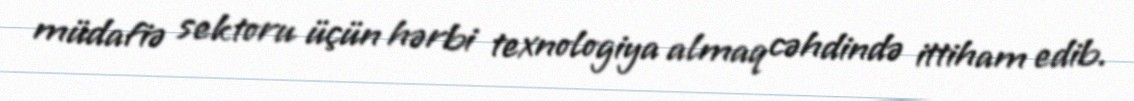
müdafiə sektoru üçün hərbi texnologiya almaq cəhdində ittiham edib.